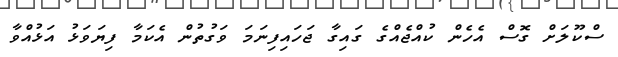
ސްކޫލަށް ގޮސް އެހެން ކުއްޖެއްގެ ގައިގާ ޖަހައިފިނަމަ ވަގުތުން އެކަމާ ފިޔަވަޅު އަޅުއްވާ